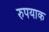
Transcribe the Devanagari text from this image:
रुपयाक